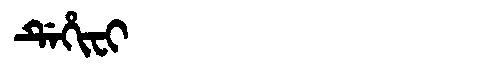
Manchu: ᡩᡝᡥᡳᠸᡳ
Romanization: DEHIFI